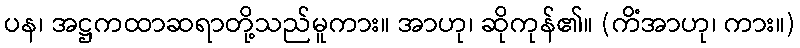
ပန၊ အဋ္ဌကထာဆရာတို့သည်မူကား။ အာဟု၊ ဆိုကုန်၏။ (ကိံအာဟု၊ ကား။)